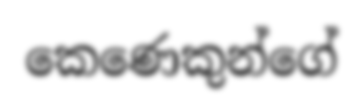
කෙණෙකුන්ගේ